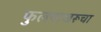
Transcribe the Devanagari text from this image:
फुलपाखरूचा